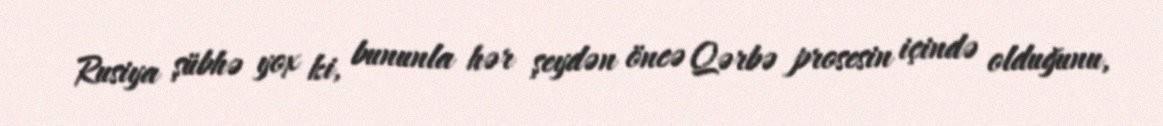
Rusiya şübhə yox ki, bununla hər şeydən öncə Qərbə prosesin içində olduğunu,